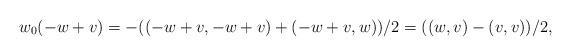
LaTeX: \begin{align*}w_0(-w + v) = -((-w + v, -w + v) + (-w + v, w))/2 = ((w, v) - (v, v))/2,\end{align*}